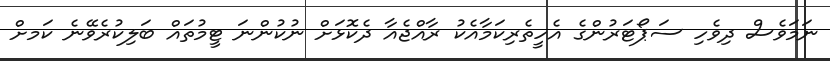
ނަމަވެސް ދިވެހި ސަޕޯޓަރުންގެ އެހީތެރިކަމާއެކު ރާއްޖެއާ ދެކޮޅަށް ނުކުންނަ ޓީމުތައް ބަލިކުރެވޭނެ ކަމށް